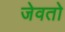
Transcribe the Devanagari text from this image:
जेवतो